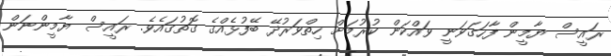
ރައީސް ޔާމީން ފާހަގަވަނީ ވައްކަން ކުރުމަށް ހިތްވަރުދޭ ބޭފުޅެއްގެ ގޮތުގައެވެ. ރައީސް ޔާމީންނަން